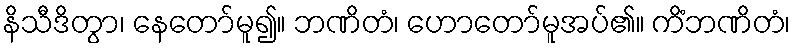
နိသီဒိတွာ၊ နေတော်မူ၍။ ဘဏိတံ၊ ဟောတော်မူအပ်၏။ ကိံဘဏိတံ၊